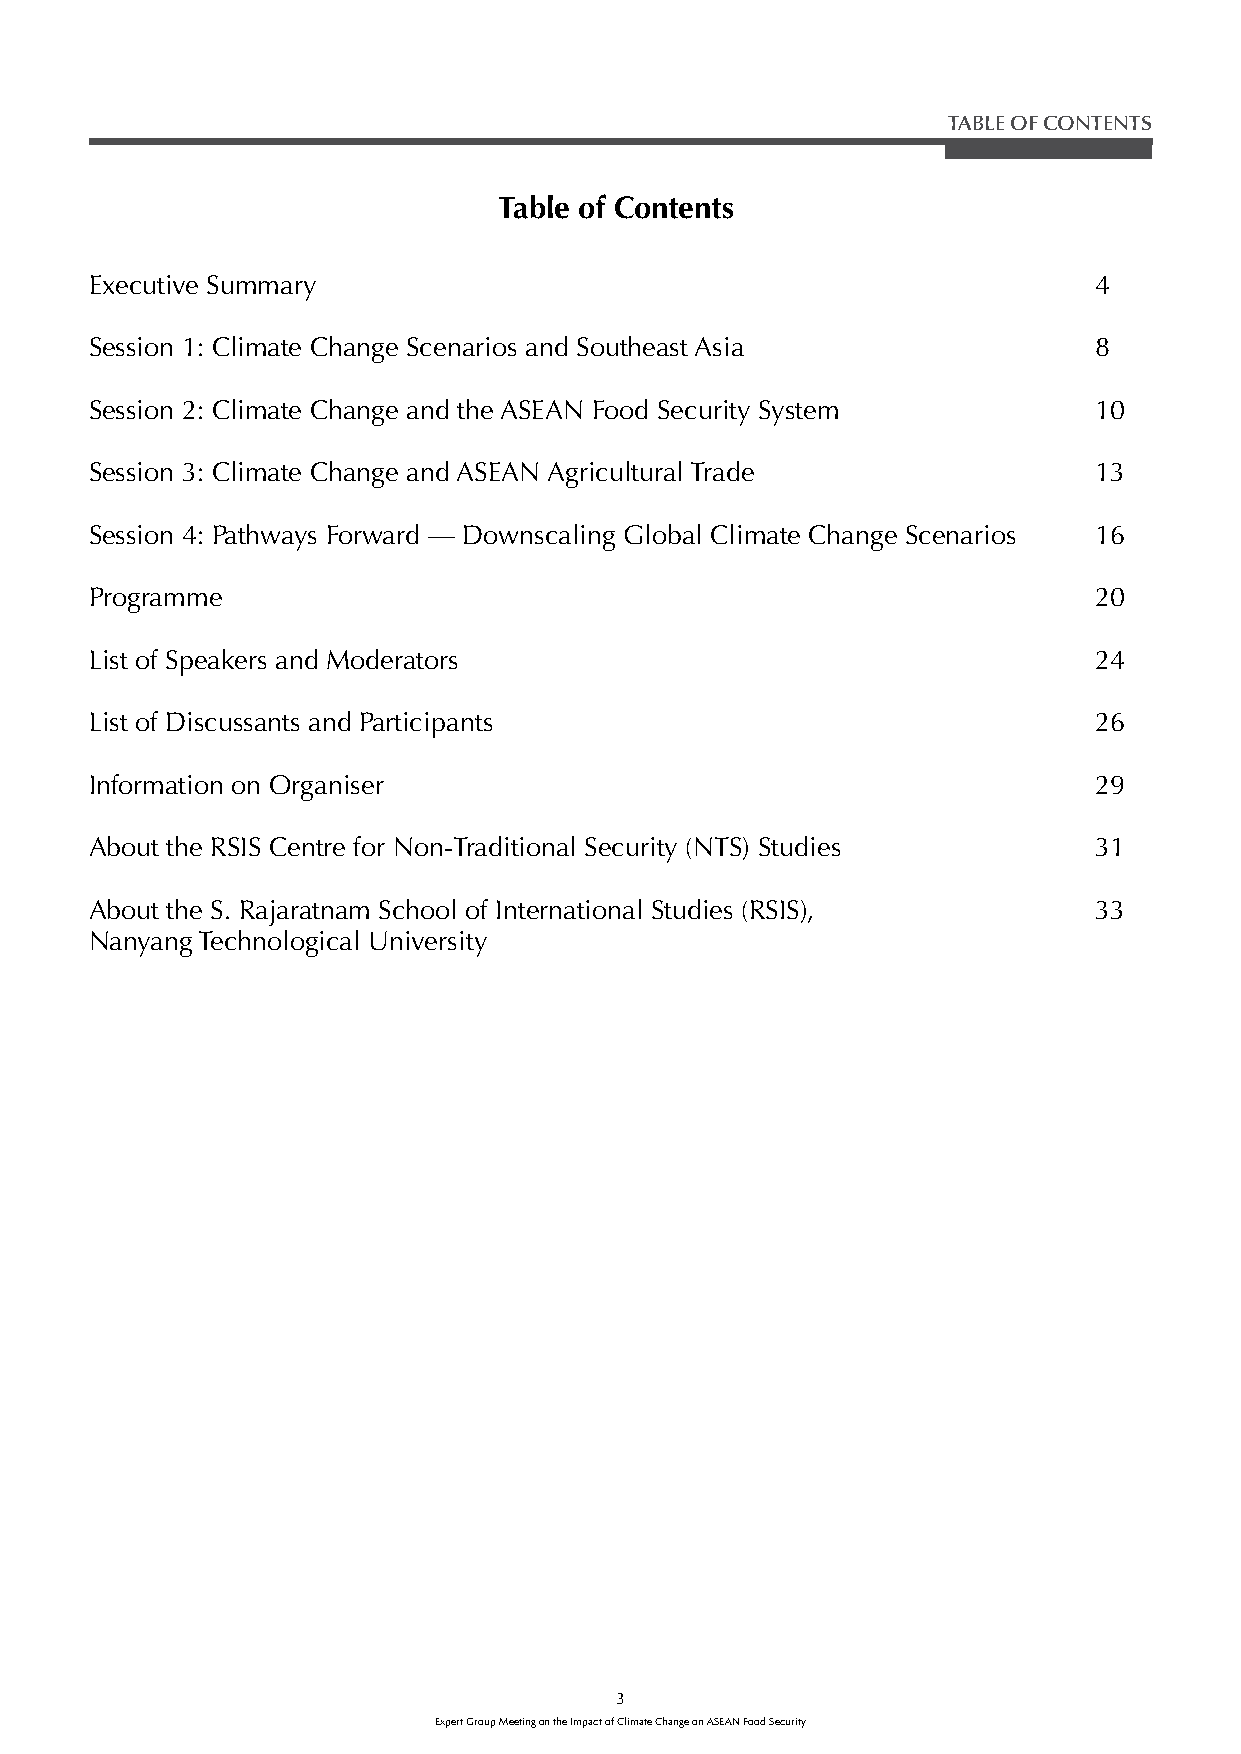
TABLE OF CONTENTS
 Table of Contents
 Executive Summary                                                 4
 Session 1: Climate Change Scenarios and Southeast Asia            8
 Session 2: Climate Change and the ASEAN Food Security System      10
 Session 3: Climate Change and ASEAN Agricultural Trade            13
 Session 4: Pathways Forward — Downscaling Global Climate Change Scenarios 16
 Programme                                                         20
 List of Speakers and Moderators                                   24
 List of Discussants and Participants                              26
 Information on Organiser                                          29
 About the RSIS Centre for Non-Traditional Security (NTS) Studies  31
 About the S. Rajaratnam School of International Studies (RSIS),   33
 Nanyang Technological University
 3
 Expert Group Meeting on the Impact of Climate Change on ASEAN Food Security